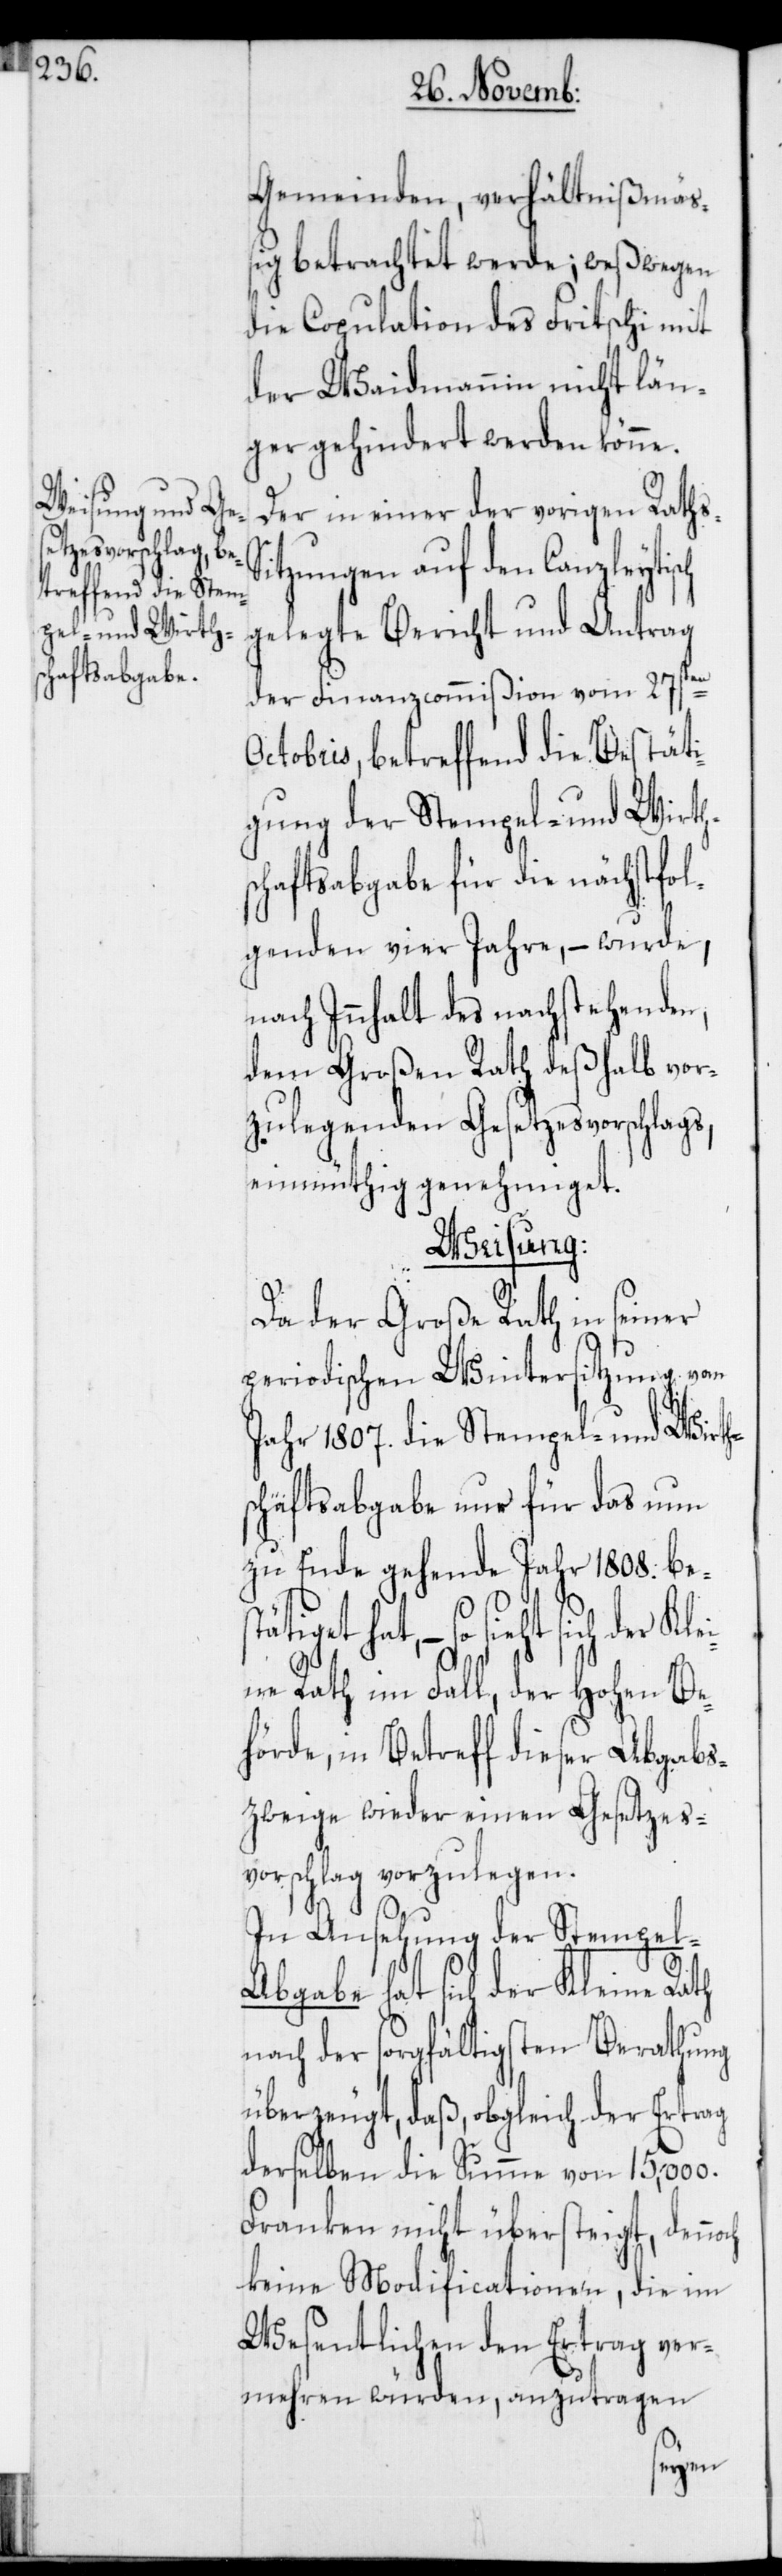
Gemeinden, verhältnißmäß¬
ig betrachtet werde; weßwegen
die Copulation des Fritschi mit
der Waidmannin nicht län¬
ger gehindert werden könne.
Der in einer der vorigen Rath¬
itzungen auf den Canzleyti¬
gelegte Bericht und Antrag
der Finanzcommißion vom 27sten
Octobris, betreffend die Bestäti¬
gung der Stempel- und Wirths¬
chaftsabgabe für die nächstfol¬
genden vier Jahre, – wurde,
nach Innhalt des nachstehenden,
dem Großen Rath deßhalb vor¬
zulegenden Gesetzesvorschlags,
einmüthig genehmiget.
Weisung.
Da der Große Rath in seiner
periodischen Wintersitzung vom
Jahr 1807. die Stempel- und Wirth¬
schaftsabgabe nur für das nun
zu Ende gehende Jahr 1808. best¬
ätiget hat, – so sieht sich
ne Rath im Fall, der Hohen Be¬
hörde, in Betreff dieser Abgabs¬
zweige wieder einen Gesetzes¬
vorschlag vorzulegen.
och
In Ansehung der Stempel-A¬
bgabe hat sich der Kleine Rath
nach der sorgfältigsten Berathung
überzeugt, daß, obgleich der Ertrag
derselben die Summe von 15,000.
Franken nicht übersteigt, denn¬
keine Modificationen, die im
Wesentlichen den Ertrag ver¬
mehren würden, anzutragen
der Klei¬